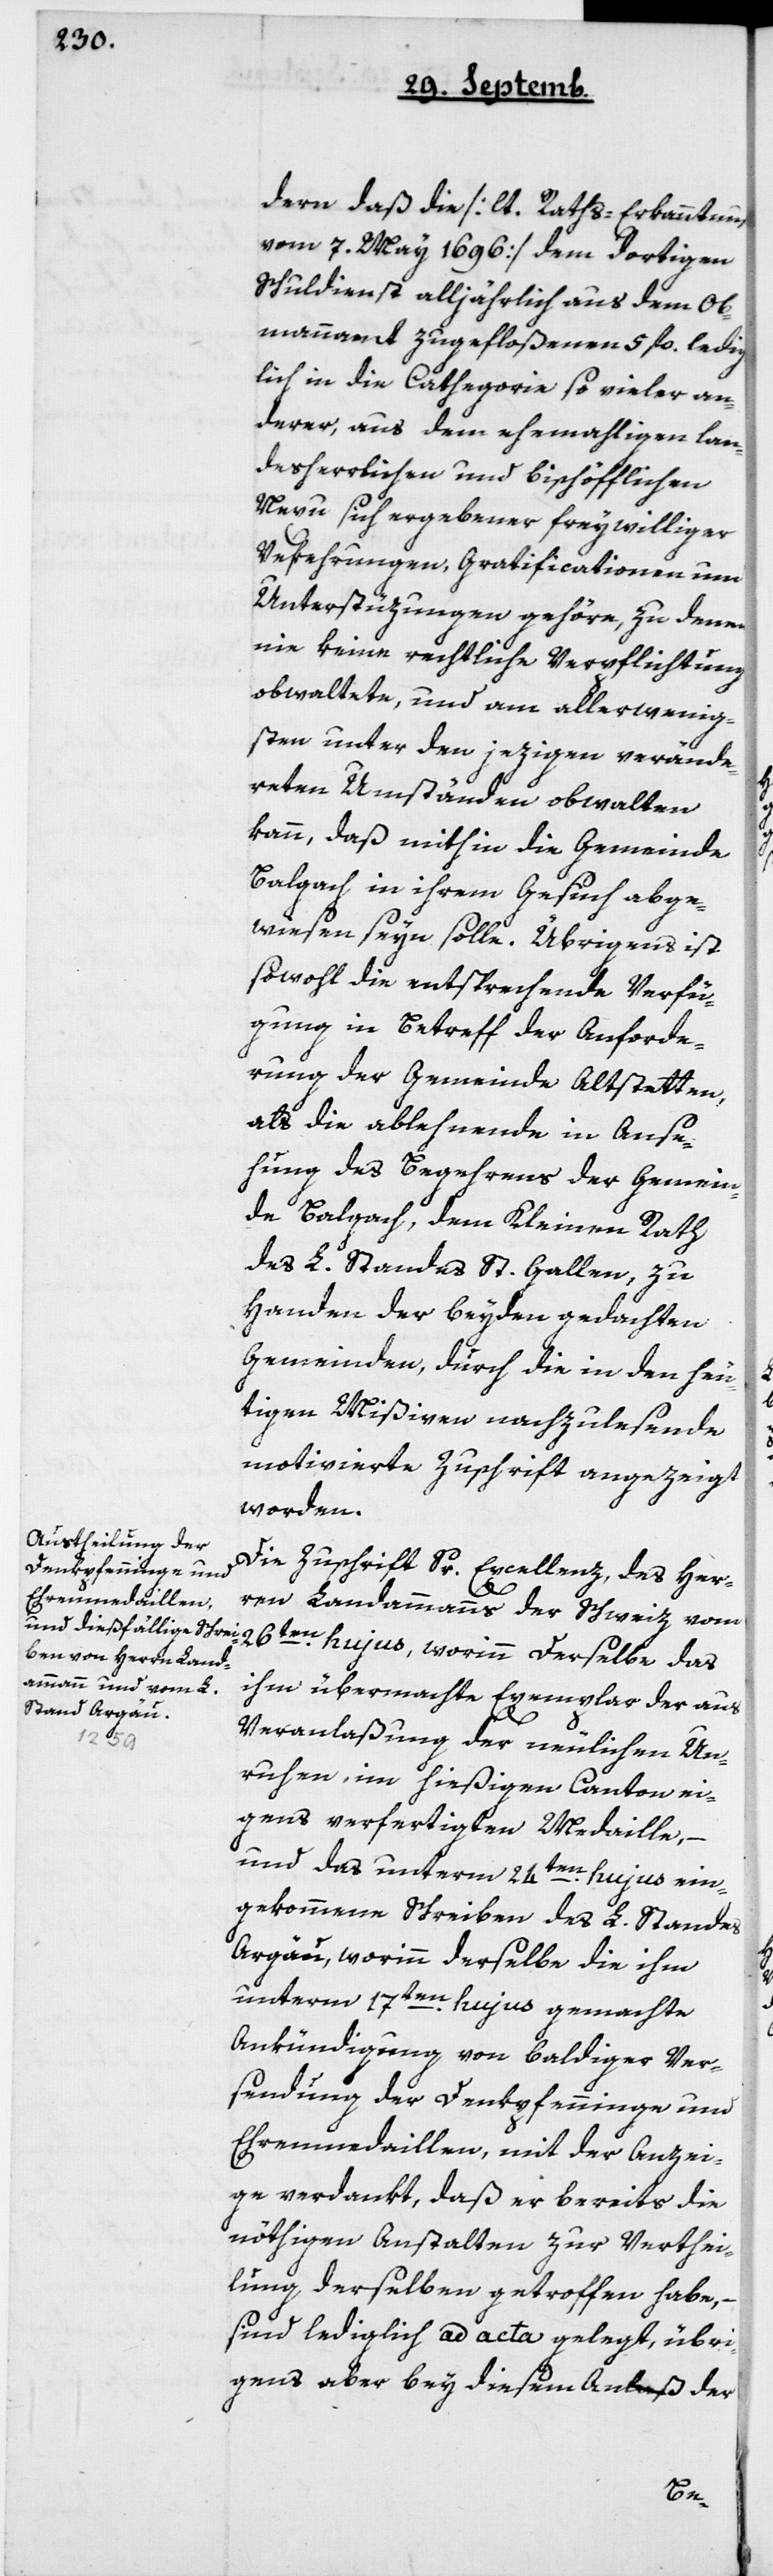
dern daß die [laut Raths-Erkanntnuß
vom 7ten May 1696] dem dortigen
Schuldienst alljährlich aus dem Ob¬
mannamt zugefloßenen 5 fl. ledig¬
lich in die Cathegorie so vieler an¬
derer, aus dem ehemahligen lan¬
desherrlichen und bischöfflichen
Nexus sich ergebender freywilliger
Vekehrungen, Gratificationen und
Unterstüzungen gehöre, zu denen
nie keine rechtliche Verpflichtung
obwaltete, und am allerwenig¬
sten unter den jezigen verände¬
rten Umständen obwalten
kann, daß mithin die Gemeinde
Balgach, in ihrem Gesuch abge¬
wiesen seyn solle. Übrigens ist
sowohl die entsprechende Verfü¬
gung in Betreff der Anforde¬
rung der Gemeinde Altstetten,
als die ablehnende in Anse¬
hung des Begehrens der Gemein¬
de Balgach, dem Kleinen Rath
des L. Standes St. Gallen, zu
Handen der beyden gedachten
Gemeinden, durch die in den heu¬
tigen Mißiven nachzulesende
motivierte Zuschrift angezeigt
worden.
Die Zuschrift Sr. Excellenz, des Her¬
das
ren Landammanns der Schweiz vom
ihm übermachte Exemplar der aus
Veranlaßung der neulichen Un¬
ruhen, im hießigen Canton ei¬
gens verfertigten Medaille, –
und das unterm 24ten hujus ein¬
gekommene Schreiben des L. Standes
Argau, worinn derselbe die ihm
unterm 17ten hujus gemachte
Ankündigung von baldiger Ver¬
sendung der Denkpfenninge und
Ehremedaillen, mit der Anzei¬
ge verdankt, daß er bereits die
nöthigen Anstalten zur Verthei¬
lung derselben getroffen habe,
sind lediglich ad acta gelegt, übri¬
gens aber bey diesem Anlaß der